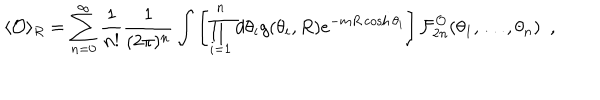
\langle { \cal O } \rangle _ { R } = \sum _ { n = 0 } ^ { \infty } \frac { 1 } { n ! } \frac { 1 } { ( 2 \pi ) ^ { n } } \int \left[ \prod _ { i = 1 } ^ { n } d \theta _ { i } g ( \theta _ { i } , R ) e ^ { - m R \cosh \theta _ { i } } \right] { \cal F } _ { 2 n } ^ { \cal O } ( \theta _ { 1 } , \ldots , \theta _ { n } ) \, \, \, ,